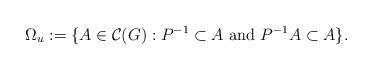
LaTeX: \begin{align*} \Omega_{u}:= \{A \in \mathcal{C}(G): P^{-1} \subset A \textrm{~and~}P^{-1}A \subset A\}.\end{align*}